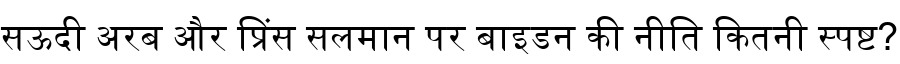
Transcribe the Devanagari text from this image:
सऊदी अरब और प्रिंस सलमान पर बाइडन की नीति कितनी स्पष्ट?